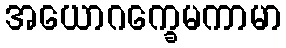
အယောဂက္ခေမကာမာ